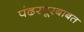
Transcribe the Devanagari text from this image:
पंढरपूरबाबत